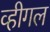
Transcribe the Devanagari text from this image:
व्हीगल